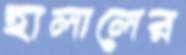
হালালের